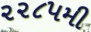
૨૨૮૫મી